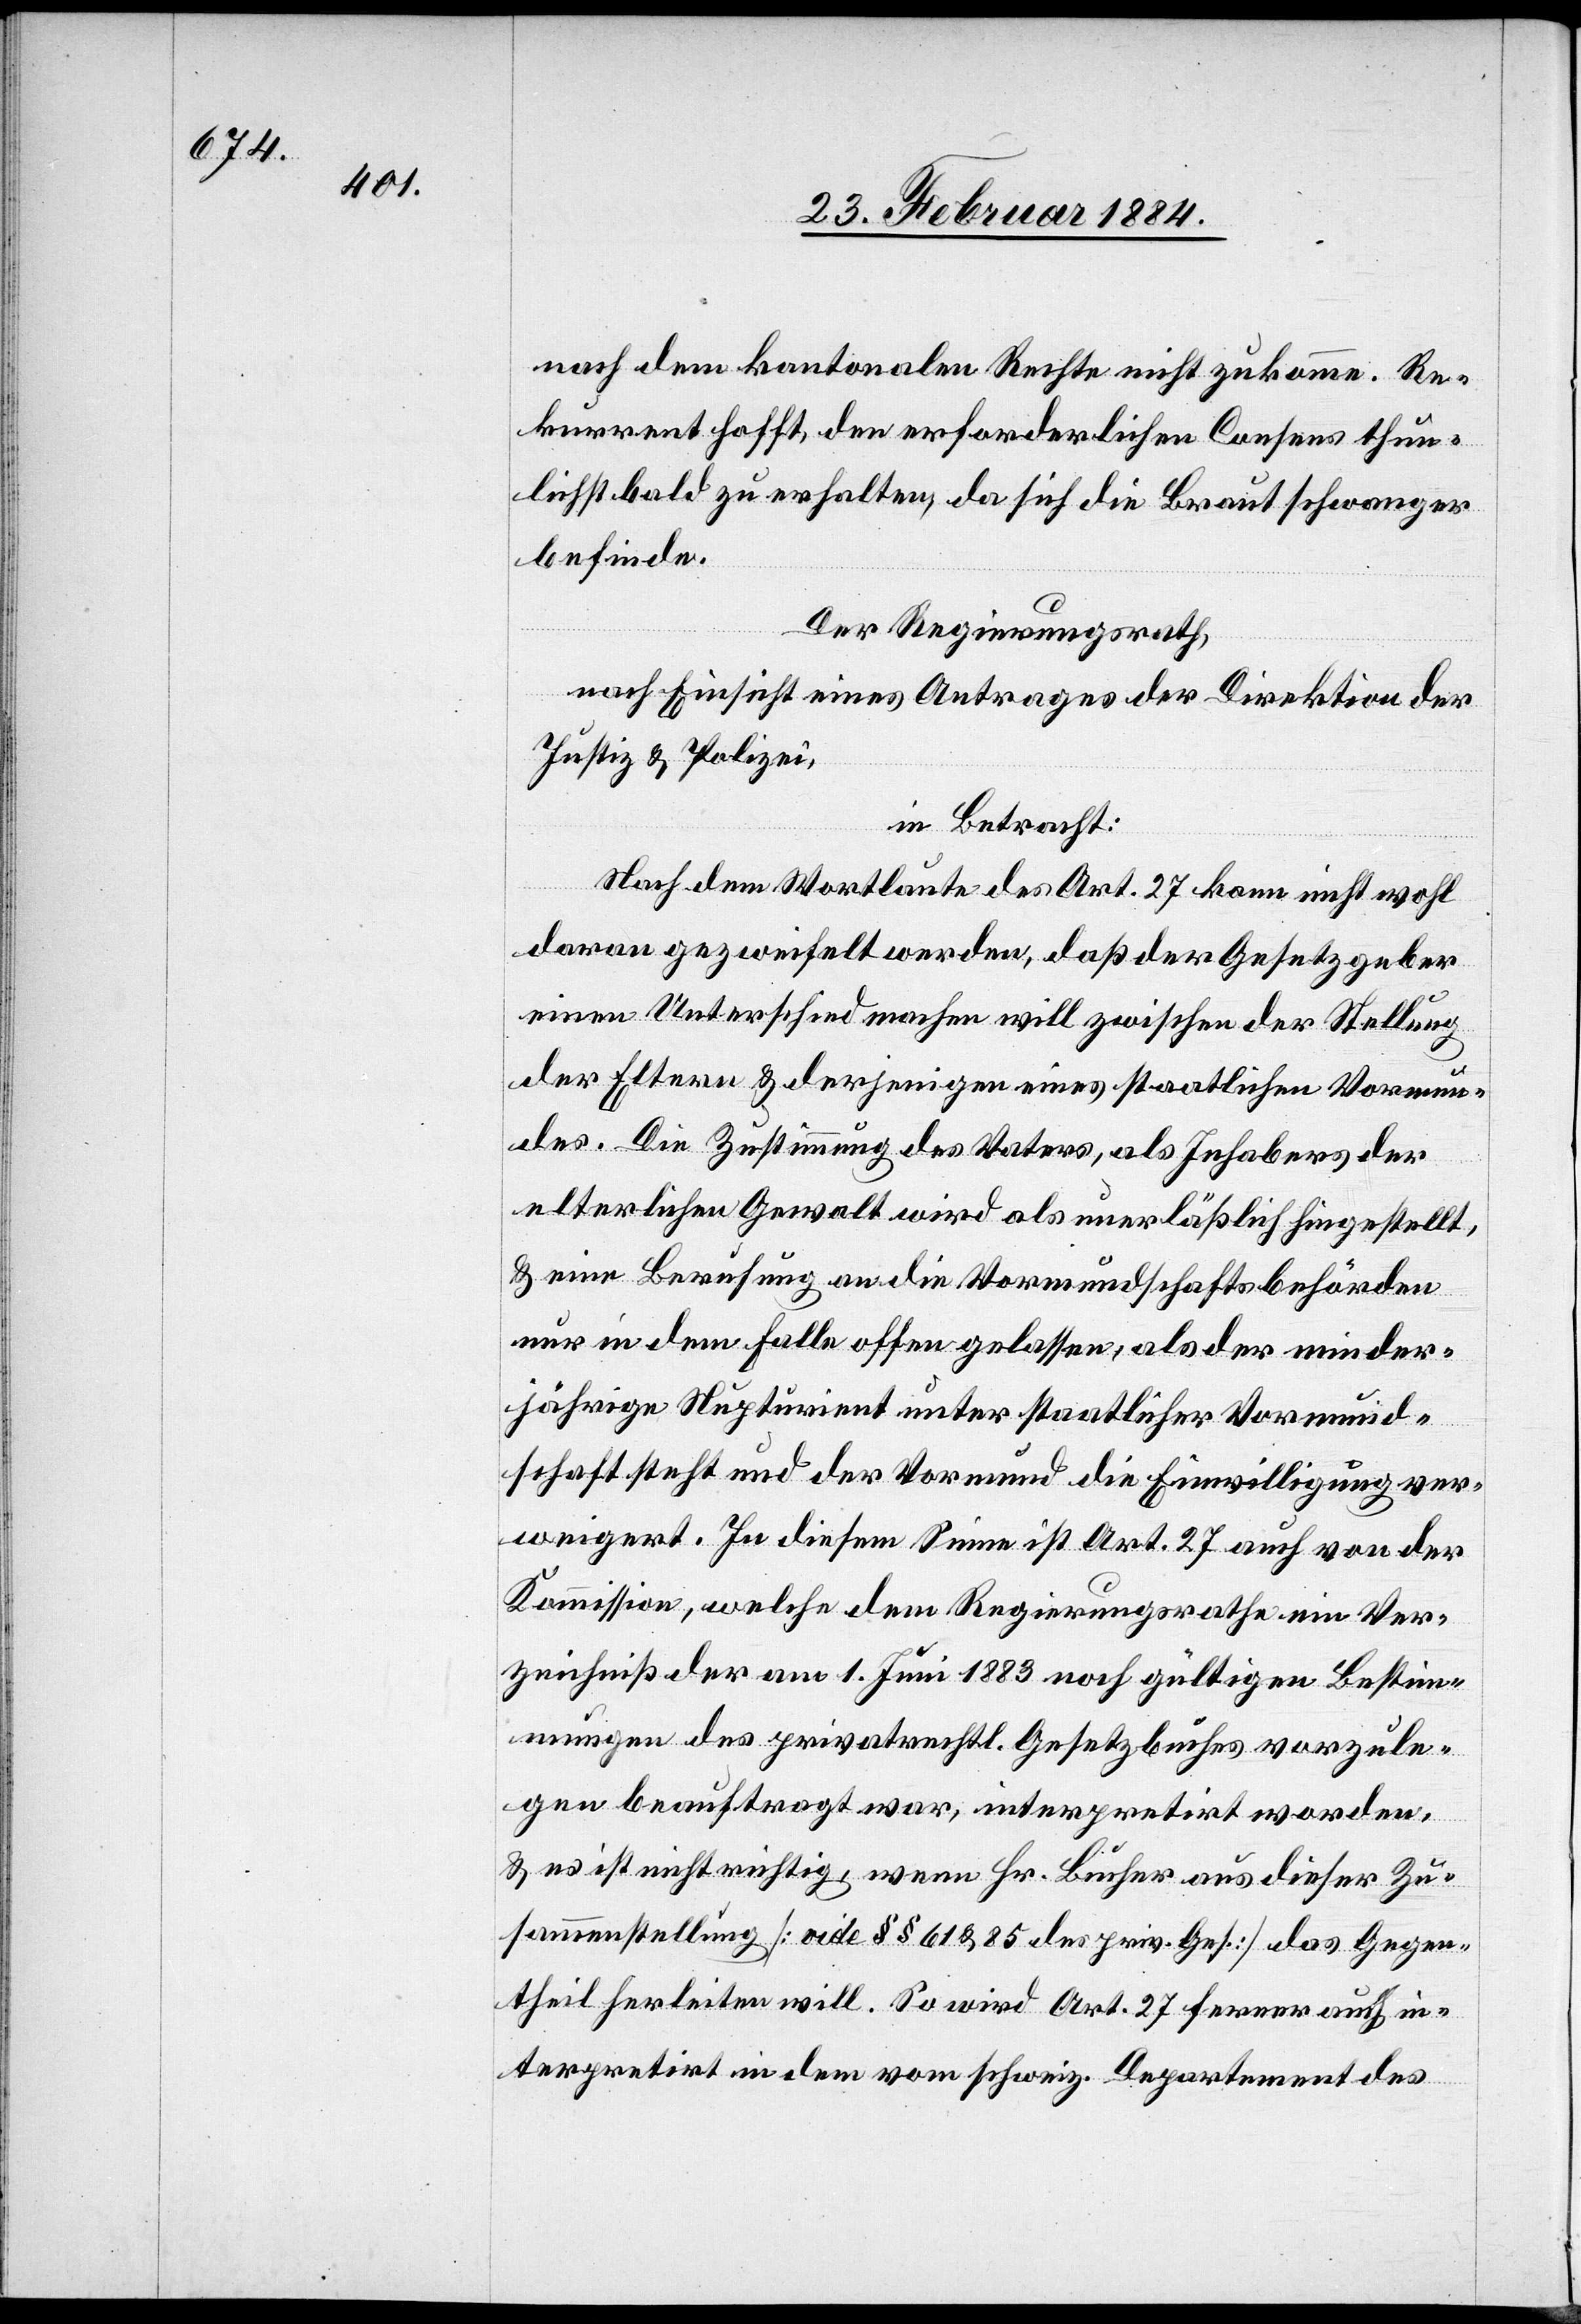
nach dem kantonalen Rechte nicht zukomme. Re¬
kurrent hofft, den erforderlichen Consens thun¬
lichst bald zu erhalten, da sich die Braut schwanger
befinde.
Der Regierungsrath,
nach Einsicht eines Antrages der Direktion der
Justiz & Polizei,
in Betracht:
Nach dem Wortlaute des Art. 27 kann nicht wohl
daran gezweifelt werden, daß der Gesetzgeber
einen Unterschied machen will zwischen der Stellung
der Eltern & derjenigen eines staatlichen Vormun¬
des. Die Zustimmung des Vaters, als Inhabers der
elterlichen Gewalt wird als unerläßlich hingestellt,
& eine Berufung an die Vormundschaftsbehörden
nur in dem Falle offen gelassen, als der minder¬
jährige Nupturient unter staatlicher Vormund¬
schaft steht und der Vormund die Einwilligung ver¬
weigert. In diesem Sinne ist Art. 27 auch von der
Kommission, welche dem Regierungsrathe ein Ver¬
zeichniß der am 1. Juni 1883 noch gültigen Bestim¬
mungen des privatrechtl. Gesetzbuches vorzule¬
gen beauftragt war, interpretirt worden,
& es ist nicht richtig, wenn Hr. Bucher aus dieser Zu¬
sammenstellung [vide §§ 61 & 85 des priv. Ges.] das Gegen¬
theil herleiten will. So wird Art. 27 ferner auch in¬
terpretirt in dem vom schweiz. Departement des